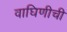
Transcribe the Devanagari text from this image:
वाघिणीची